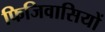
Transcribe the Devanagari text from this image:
फिजिवासियों